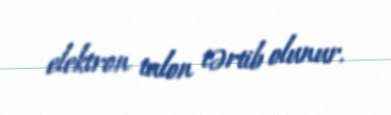
elektron talon tərtib olunur.